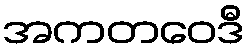
အကတဝေဒီ